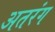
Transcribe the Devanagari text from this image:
अतरंग